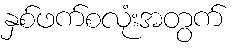
နှစ်ဖက်စလုံးအတွက်